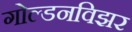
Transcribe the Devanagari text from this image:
गोल्डनविझर